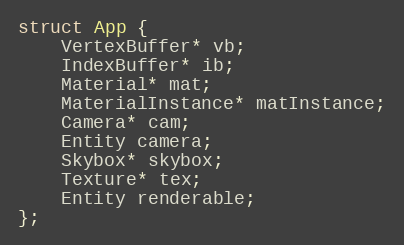
Language: C++
struct App {
    VertexBuffer* vb;
    IndexBuffer* ib;
    Material* mat;
    MaterialInstance* matInstance;
    Camera* cam;
    Entity camera;
    Skybox* skybox;
    Texture* tex;
    Entity renderable;
};